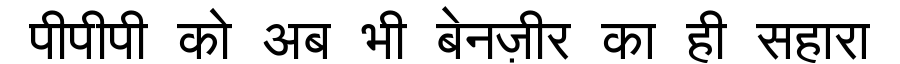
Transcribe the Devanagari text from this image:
पीपीपी को अब भी बेनज़ीर का ही सहारा